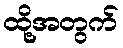
ထို့အတွက်